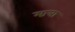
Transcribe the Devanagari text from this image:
मा़त्रा